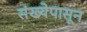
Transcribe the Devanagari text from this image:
संख्येपासून